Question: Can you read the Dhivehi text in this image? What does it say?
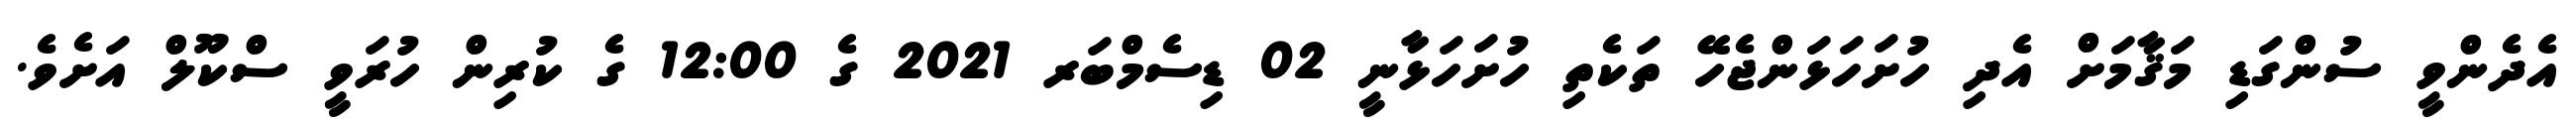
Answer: އެދެންވީ ސުންގަޑި މަޤާމަށް އެދި ހުށަހަޅަންޖެހޭ ތަކެތި ހުށަހަޅާނީ 02 ޑިސެމްބަރ 2021 ގެ 12:00 ގެ ކުރިން ހުރަވީ ސްކޫލް އަށެވެ.